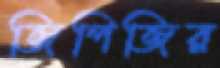
জিপিজির